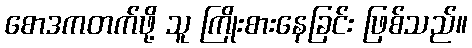
စောဒကတက်ဖို့ သူ ကြိုးစားနေခြင်း ဖြစ်သည်။